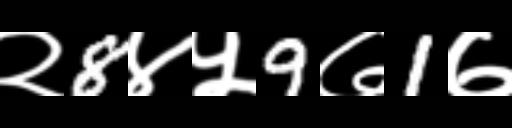
Text: २8४५9७1७